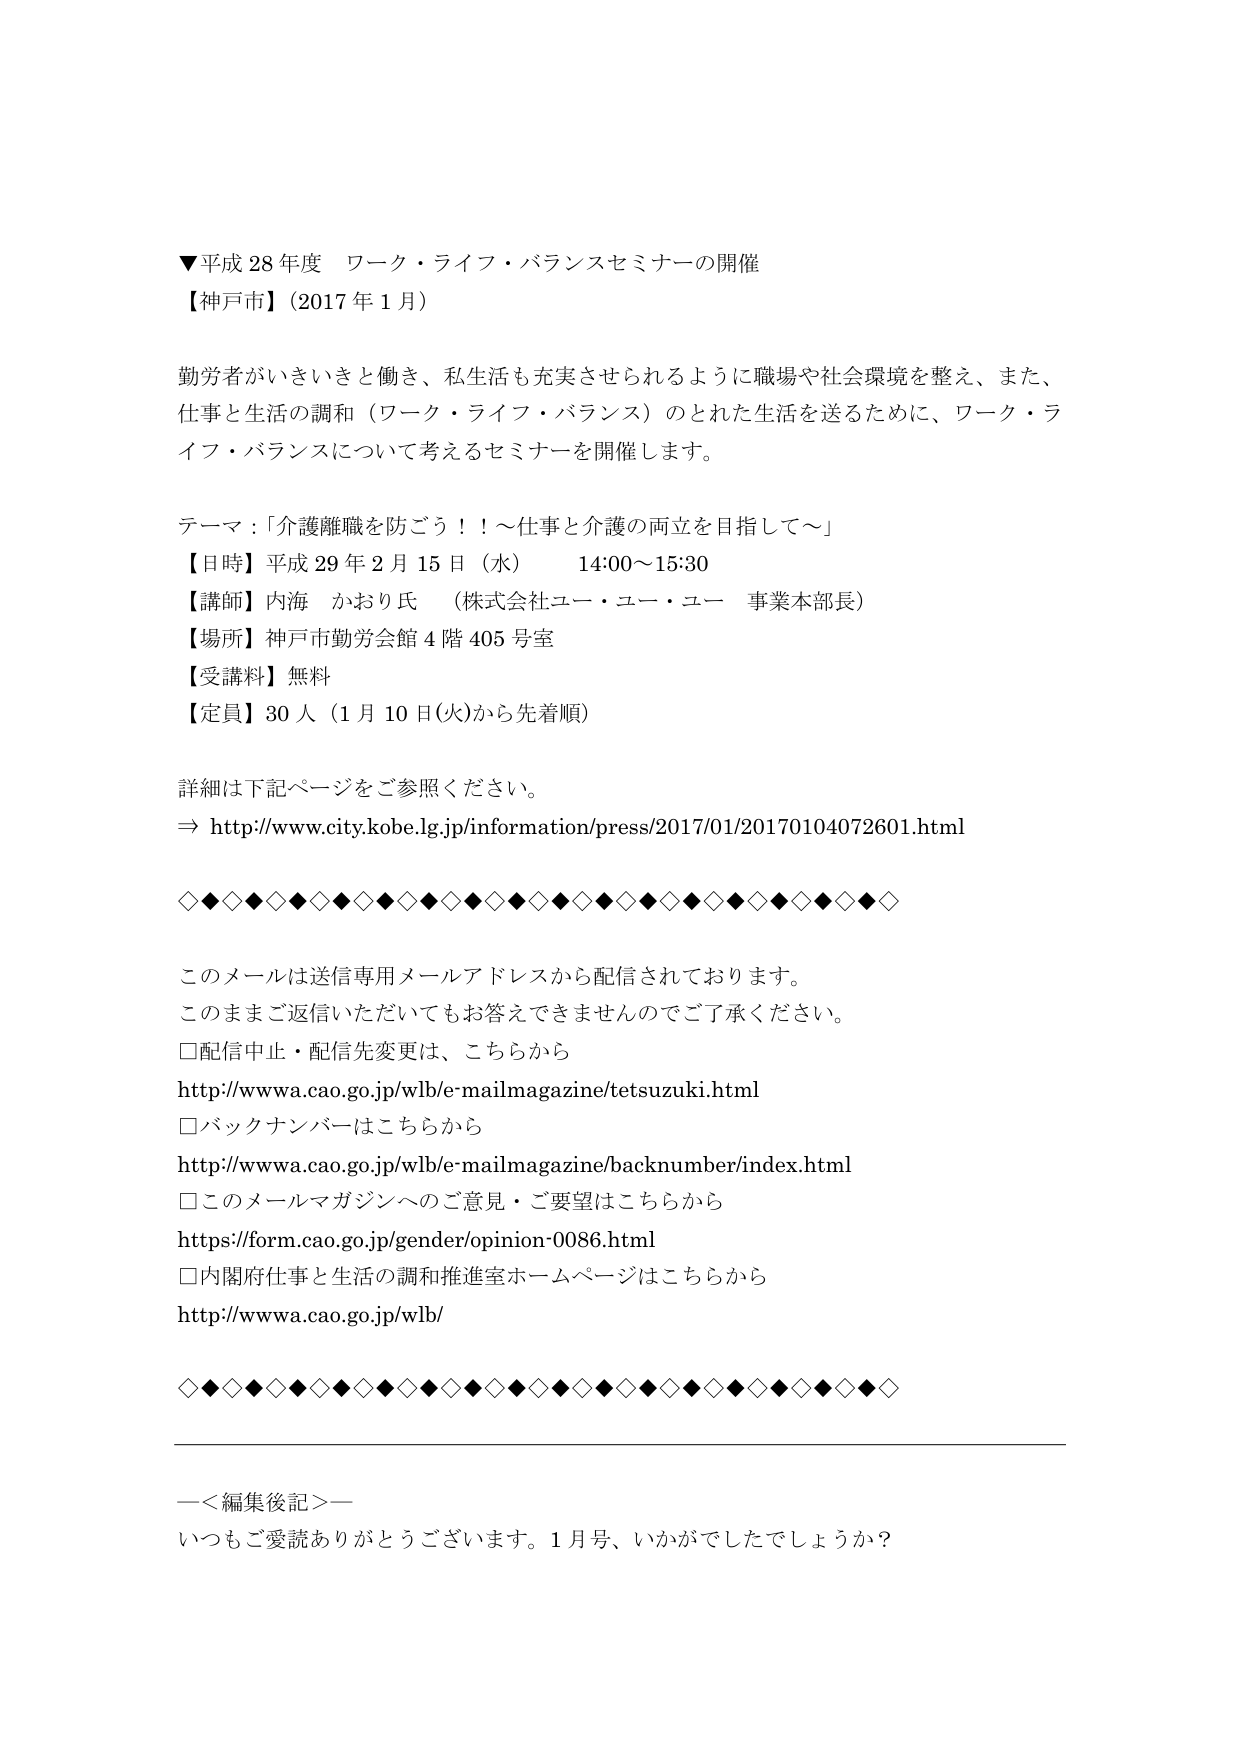
▼平成28年度 ワーク・ライフ・バランスセミナーの開催
【神戸市】（2017年1月）

勤労者がいきいきと働き、私生活も充実させられるように職場や社会環境を整え、また、
仕事と生活の調和（ワーク・ライフ・バランス）のとれた生活を送るために、ワーク・ライフ・バランスについて考えるセミナーを開催します。

テーマ：「介護離職を防ごう！！～仕事と介護の両立を目指して～」
【日時】平成29年2月15日（水） 14:00～15:30
【講師】内海 かおり氏 （株式会社ユー・ユー・ユー 事業本部長）
【場所】神戸市勤労会館4階405号室
【受講料】無料
【定員】30人（1月10日(火)から先着順）

詳細は下記ページをご参照ください。
⇒ http://www.city.kobe.lg.jp/information/press/2017/01/20170104072601.html

◇◆◇◆◇◆◇◆◇◆◇◆◇◆◇◆◇◆◇◆◇◆◇◆◇◆◇◆◇◆◇◆◇◆◇◆◇◆◇

このメールは送信専用メールアドレスから配信されております。
このままご返信いただいてもお答えできませんのでご了承ください。
□配信中止・配信先変更は、こちらから
http://www.cao.go.jp/wlb/e-mailmagazine/tetsuzuki.html
□バックナンバーはこちらから
http://www.cao.go.jp/wlb/e-mailmagazine/backnumber/index.html
□このメールマガジンへのご意見・ご要望はこちらから
https://form.cao.go.jp/gender/opinion-0086.html
□内閣府仕事と生活の調和推進室ホームページはこちらから
http://www.cao.go.jp/wlb/

◇◆◇◆◇◆◇◆◇◆◇◆◇◆◇◆◇◆◇◆◇◆◇◆◇◆◇◆◇◆◇◆◇◆◇◆◇◆◇

―＜編集後記＞―
いつもご愛読ありがとうございます。1月号、いかがでしたでしょうか？